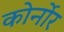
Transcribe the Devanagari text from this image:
कोर्नोर